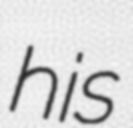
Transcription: his